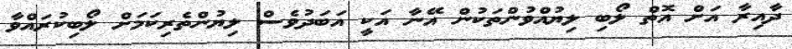
ދާއިރާ އަށް އޮތް ލޯބި ލިޔުއްވުންތަކުން އޭނާ އަކީ އަބަދުވެސް ލިޔުންތެރިކަމަށް ލޯބިކުރައްވާ